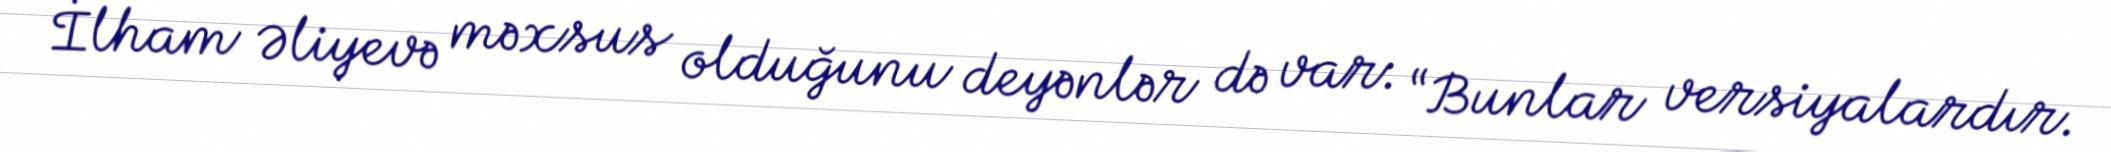
İlham Əliyevə məxsus olduğunu deyənlər də var: “Bunlar versiyalardır.